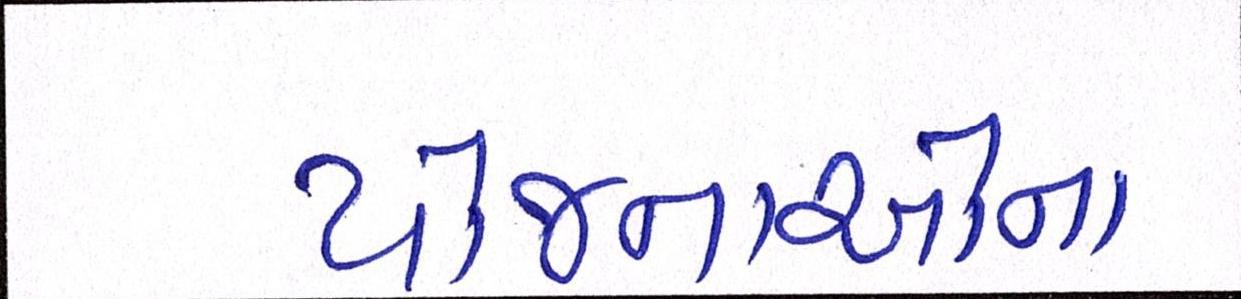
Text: યોજનાઓના